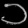
Digit: ၁